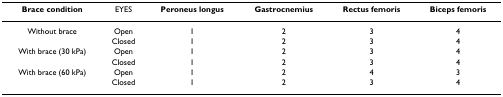
<table><thead><tr><td><b>Brace condition</b></td><td><b>EYES</b></td><td><b>Peroneus longus</b></td><td><b>Gastrocnemius</b></td><td><b>Rectus femoris</b></td><td><b>Biceps femoris</b></td></tr></thead><tbody><tr><td>Without brace</td><td>Open</td><td>1</td><td>2</td><td>3</td><td>4</td></tr><tr><td></td><td>Closed</td><td>1</td><td>2</td><td>3</td><td>4</td></tr><tr><td>With brace (30 kPa)</td><td>Open</td><td>1</td><td>2</td><td>3</td><td>4</td></tr><tr><td></td><td>Closed</td><td>1</td><td>2</td><td>3</td><td>4</td></tr><tr><td>With brace (60 kPa)</td><td>Open</td><td>1</td><td>2</td><td>4</td><td>3</td></tr><tr><td></td><td>Closed</td><td>1</td><td>2</td><td>3</td><td>4</td></tr></tbody></table>